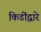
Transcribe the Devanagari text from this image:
किडींद्वारे